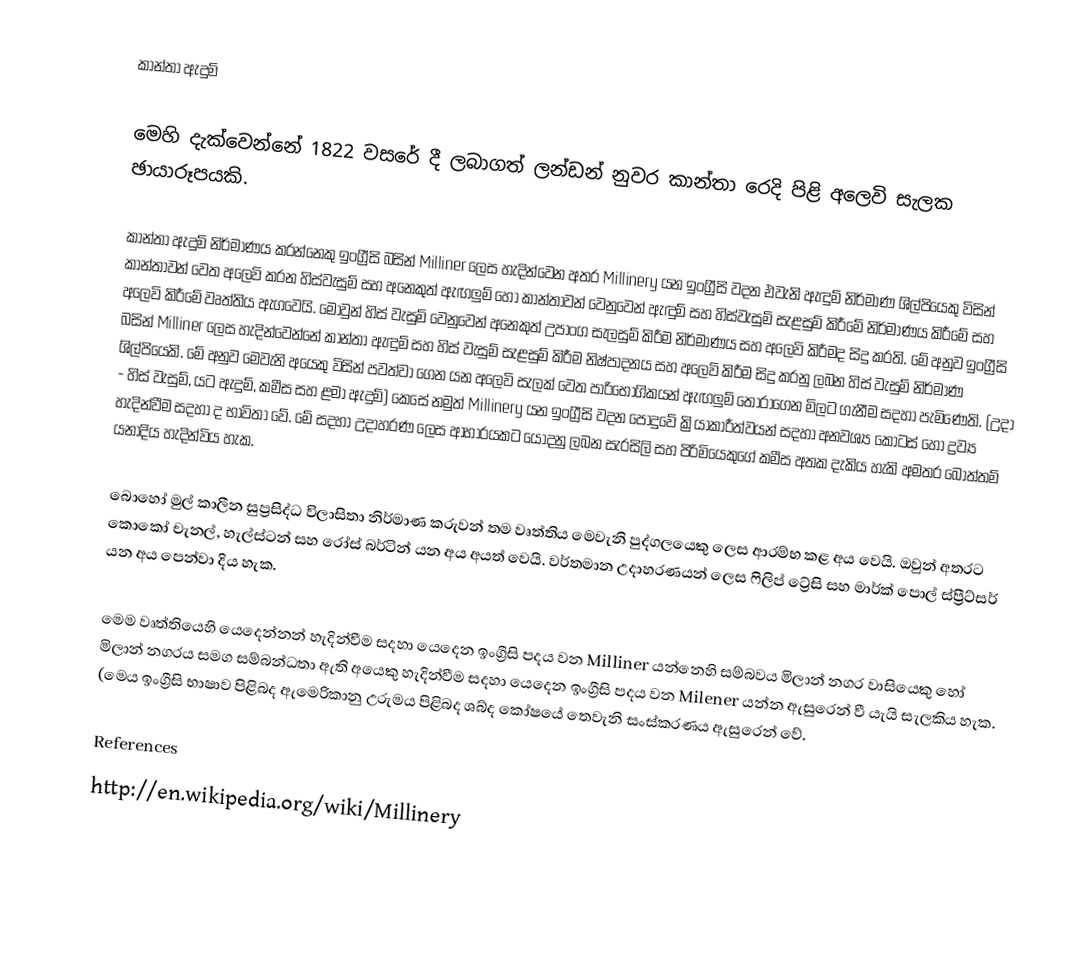
කාන්තා ඇදුම්

මෙහි දැක්වෙන්නේ 1822 වසරේ දී ලබාගත් ලන්ඩන් නුවර කාන්තා රෙදි පිළි අලෙවි සැලක ඡායාරූපයකි.

කාන්තා ඇදුම් නිර්මාණය කරන්නෙකු ඉංග්‍රීසි බසින් Milliner ලෙස හැදින්වෙන අතර Millinery යන ඉංග්‍රීසි වදන එවැනි ඇඳුම් නිර්මාණ ශිල්පියෙකු විසින් කාන්තාවන් වෙත අලෙවි කරන  හිස්වැසුම් සහ අනෙකුත් ඇඟලුම් හෝ කාන්තාවන් වෙනුවෙන් ඇඳුම් සහ හිස්වැසුම් සැළසුම් කිරීමේ නිර්මාණය කිරීමේ සහ අලෙවි කිරීමේ වෘත්තිය ඇගවෙයි. මොවුන් හිස් වැසුම් වෙනුවෙන් අනෙකුත් උපාංග සැලසුම් කිරීම නිර්මාණය සහ අලෙවි කිරීමද සිදු කරති. මේ අනුව ඉංග්‍රීසි බසින් Milliner ලෙස හැදින්වෙන්නේ කාන්තා ඇඳුම් සහ හිස් වැසුම් සැළසුම් කිරීම නිෂ්පාදනය සහ අලෙවි කිරීම සිදු කරනු ලබන හිස් වැසුම් නිර්මාණ ශිල්පියෙකි. මේ අනුව මෙවැනි අයෙකු විසින් පවත්වා ගෙන යන අලෙවි සැලක් වෙත පාරිභෝගිකයන් ඇඟලුම් තෝරාගෙන මිලට ගැනීම සදහා පැමිණෙති. (උදා - හිස් වැසුම්, යට ඇදුම්, කමීස සහ ළමා ඇදුම්) කෙසේ නමුත් Millinery යන ඉංග්‍රීසි වදන පොදුවේ ක්‍රියාකාරීත්වයන් සදහා අනවශ්‍ය කොටස් හෝ ද්‍රව්‍ය හැදින්වීම සදහා ද භාවිතා වේ. මේ සදහා උදාහරණ ලෙස ආහාරයකට යොදනු ලබන සැරසිලි සහ පිරිමියෙකුගේ කමීස අතක දැකිය හැකි අමතර බොත්තම් යනාදිය හැදින්විය හැක.

බොහෝ මුල් කාලීන සුප්‍රසිද්ධ විලාසිතා නිර්මාණ කරුවන් තම වෘත්තිය මෙවැනි පුද්ගලයෙකු ලෙස ආරම්භ කළ අය වෙයි. ඔවුන් අතරට කොකෝ චැනල්, හැල්ස්ටන් සහ රෝස් බර්ටින් යන අය අයත් වෙයි. වර්තමාන උදාහරණයන් ලෙස ෆිලිප් ට්‍රේසි සහ මාර්ක් පොල් ස්ප්‍රීට්සර් යන අය පෙන්වා දිය හැක.

මෙම වෘත්තියෙහි යෙදෙන්නන් හැදින්වීම සදහා යෙදෙන ඉංග්‍රීසි පදය වන Milliner යන්නෙහි සම්බවය මිලාන් නගර වාසියෙකු හෝ මිලාන් නගරය සමග සම්බන්ධතා ඇති අයෙකු හැදින්වීම සදහා යෙදෙන ඉංග්‍රීසි පදය වන Milener යන්න ඇසුරෙන් වී යැයි සැලකිය හැක. (මෙය ඉංග්‍රීසි භාෂාව පිළිබද ඇමෙරිකානු උරුමය පිළිබද ශබ්ද කෝෂයේ තෙවැනි සංස්කරණය ඇසුරෙන් වේ.

References
http://en.wikipedia.org/wiki/Millinery